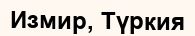
Измир, Түркия